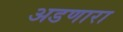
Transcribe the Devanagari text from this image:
अडणारा